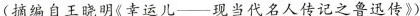
(摘编自王晓明《幸运儿—— 现当代名人传记之鲁迅传》)